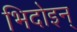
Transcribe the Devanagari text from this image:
भिदोइन्